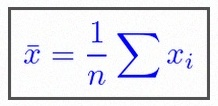
\bar{x}=\frac1n\sum x_i